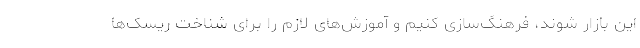
این بازار شوند، فرهنگ‌سازی کنیم و آموزش‌های لازم را برای شناخت ریسک‌ها